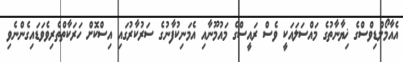
އެއާމޯލްޑިވްސްގެ ޚިޔާނާތުގެ މައްސަލައަކީ ވެސް ރައީސްގެ މައުމޫނާއި އެމަނިކުފާނުގެ ސަރުކާރުގައި އިސްކޮށް ހަރަކާތްތެރިވެވަޑައިގެންނެވި